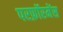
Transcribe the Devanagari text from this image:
परफ़ॉरमेंस